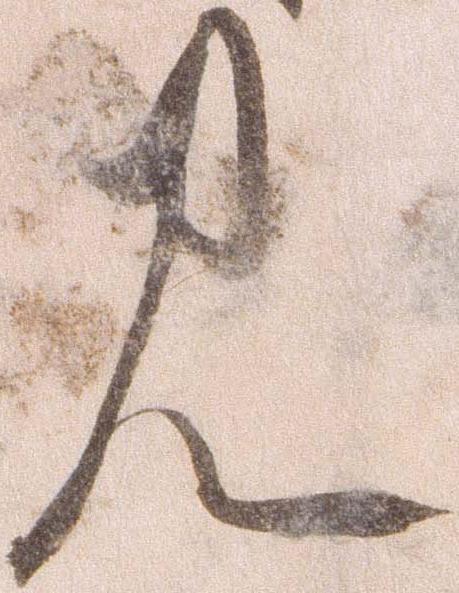
見